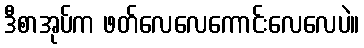
ဒီစာအုပ်က ဖတ်လေလေကောင်းလေလေပဲ။